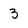
Character: 3